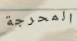
المحرجة